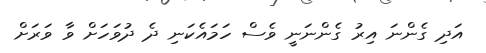
އަދި ގެންނަ އިރު ގެންނަނީ ވެސް ހަމައެކަނި ދެ ދުވަހަށް ވާ ވަރަށް